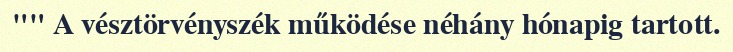
"" A vésztörvényszék működése néhány hónapig tartott.